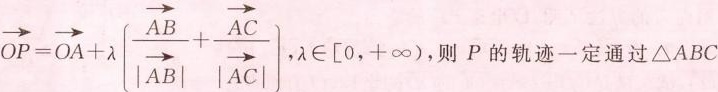
上不共线的三个点，动点P满足$$\overrightarrow { O P } = \overrightarrow { O A } + \lambda |